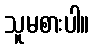
သူမစားပါ။